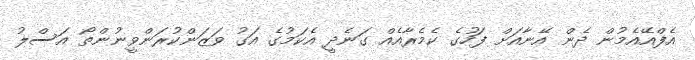
އެފްއޭއެމުން ދެން އޭނާއަށް ފަހުގެ ކެމެރާއެއް ގަނެދީ އެކަމުގެ އަގު ވަޒަންކުރަންވީނުންތޯ އަސްލު